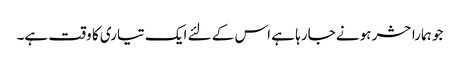
جو ہمارا حشر ہونے جارہا ہے اس کے لئے ایک تیاری کا وقت ہے۔